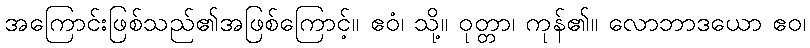
အကြောင်းဖြစ်သည်၏အဖြစ်ကြောင့်။ ဧဝံ၊ သို့။ ဝုတ္တာ၊ ကုန်၏။ လောဘာဒယော ဧဝ၊